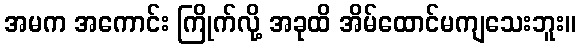
အမက အကောင်း ကြိုက်လို့ အခုထိ အိမ်ထောင်မကျသေးဘူး။